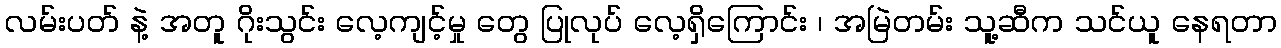
လမ်းပတ် နဲ့ အတူ ဂိုးသွင်း လေ့ကျင့်မှု တွေ ပြုလုပ် လေ့ရှိကြောင်း ၊ အမြဲတမ်း သူ့ဆီက သင်ယူ နေရတာ